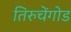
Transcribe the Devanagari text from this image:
तिरुचेंगोड